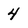
Character: 4